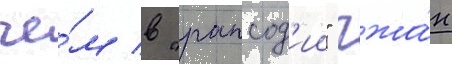
че́м в "рапсод'ии" чжа́н